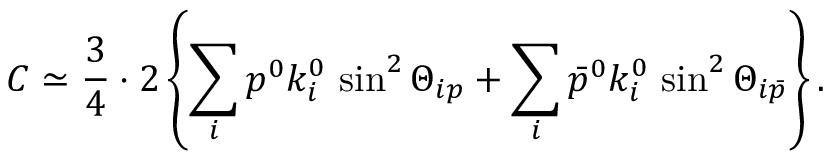
C \simeq \frac 3 4 \cdot 2 \left\{ \sum _ { i } p ^ { 0 } k _ { i } ^ { 0 } \, \sin ^ { 2 } \Theta _ { i p } + \sum _ { i } \bar { p } ^ { 0 } k _ { i } ^ { 0 } \, \sin ^ { 2 } \Theta _ { i \bar { p } } \right\} .